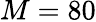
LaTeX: M=80